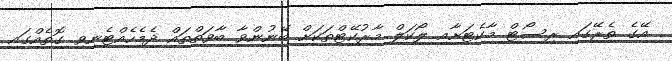
އޭގެ ތެރޭގައި ރިސޯޓް މާކެޓަށާއި ލޯކަލް މާރުކޭޓްތަކަށް ބޭނުންވާ ބާވަތްތައް ދެމެހެއްޓެނިވި ގޮތެއްގައި